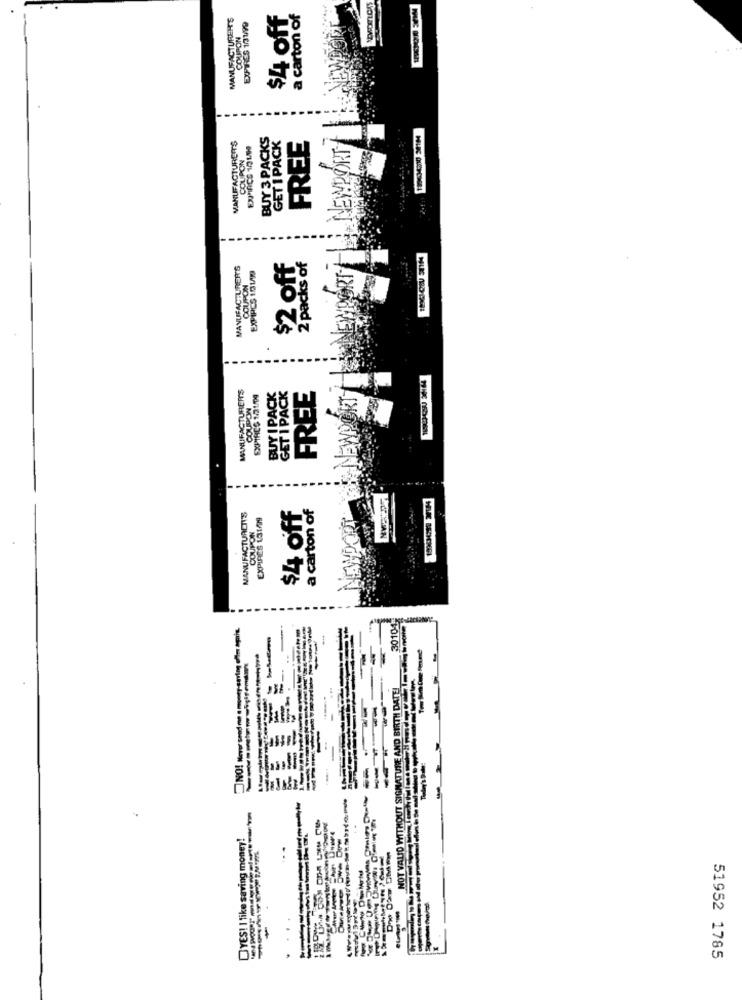
MANUFACTURER'S
$4 off
a carton of
MANUFACTUREITS
BUY 3 PACKS
GET I PACK
FREE
COUPON
$2 off
MANUFACTURER'S
EXPIPCS 101/99
2 packs of
COUPON
NEW!
MANUFACTURERS
BUY I PACK
GET I PACK
COUPON
EXPIRES 131/04
FREE
NEWPORT & NEWPORT
$4 off
a carton of
MANUFACTUREIT'S
EXPIRES 11/09
COUPON
20104
---
--
NOT VALID WITHOUT SIGNATURE AND BIRTH DATE!
.
---
YES! I like saving money!
51952 1785